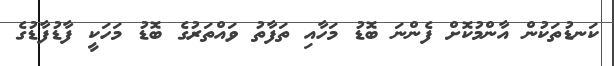
ކަނޑުތަކުން އާންމުކޮށް ފެންނަ ބޮޑު މަހާއި ތަފާތު ވައްތަރުގެ ބޮޑު މަހަކީ ފާޑުފާޑުގެ